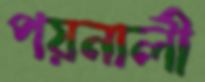
পয়নালী